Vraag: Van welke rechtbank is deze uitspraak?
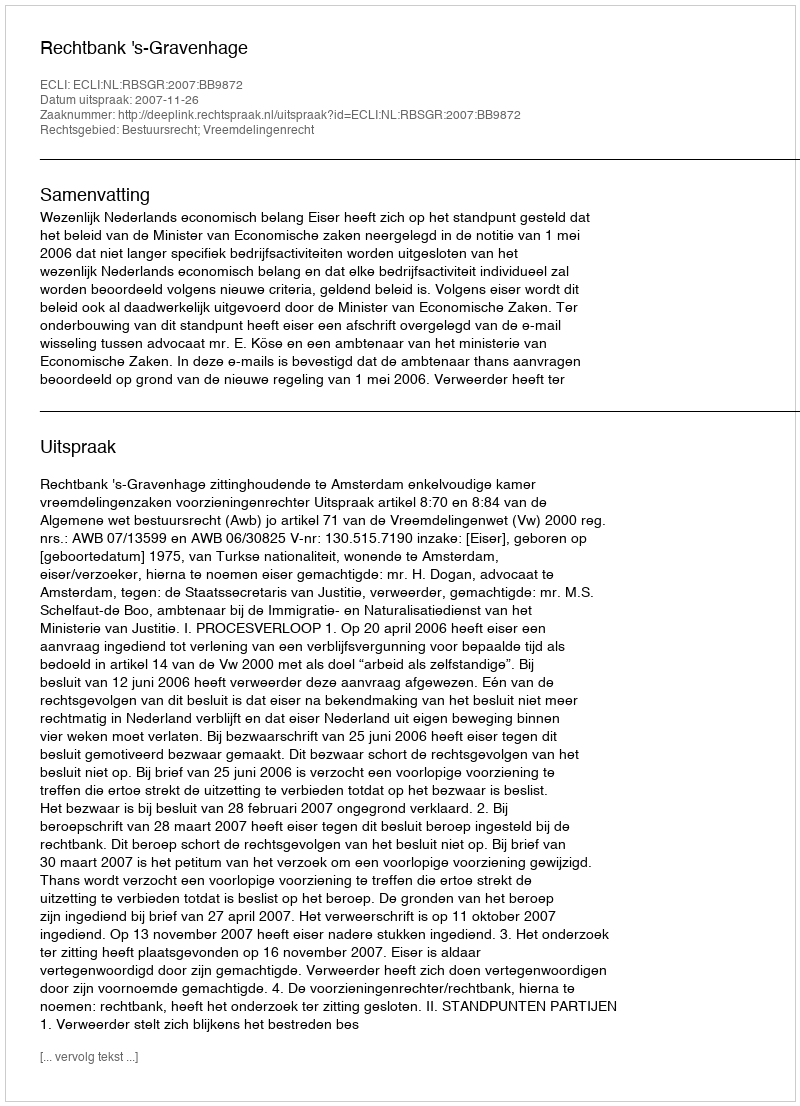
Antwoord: Rechtbank 's-Gravenhage